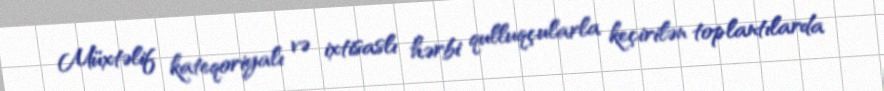
Müxtəlif kateqoriyalı və ixtisaslı hərbi qulluqçularla keçirilən toplantılarda